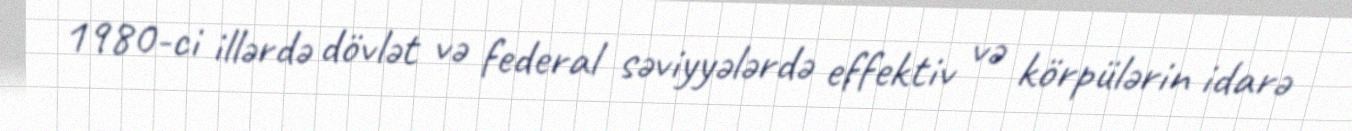
1980-ci illərdə dövlət və federal səviyyələrdə effektiv və körpülərin idarə